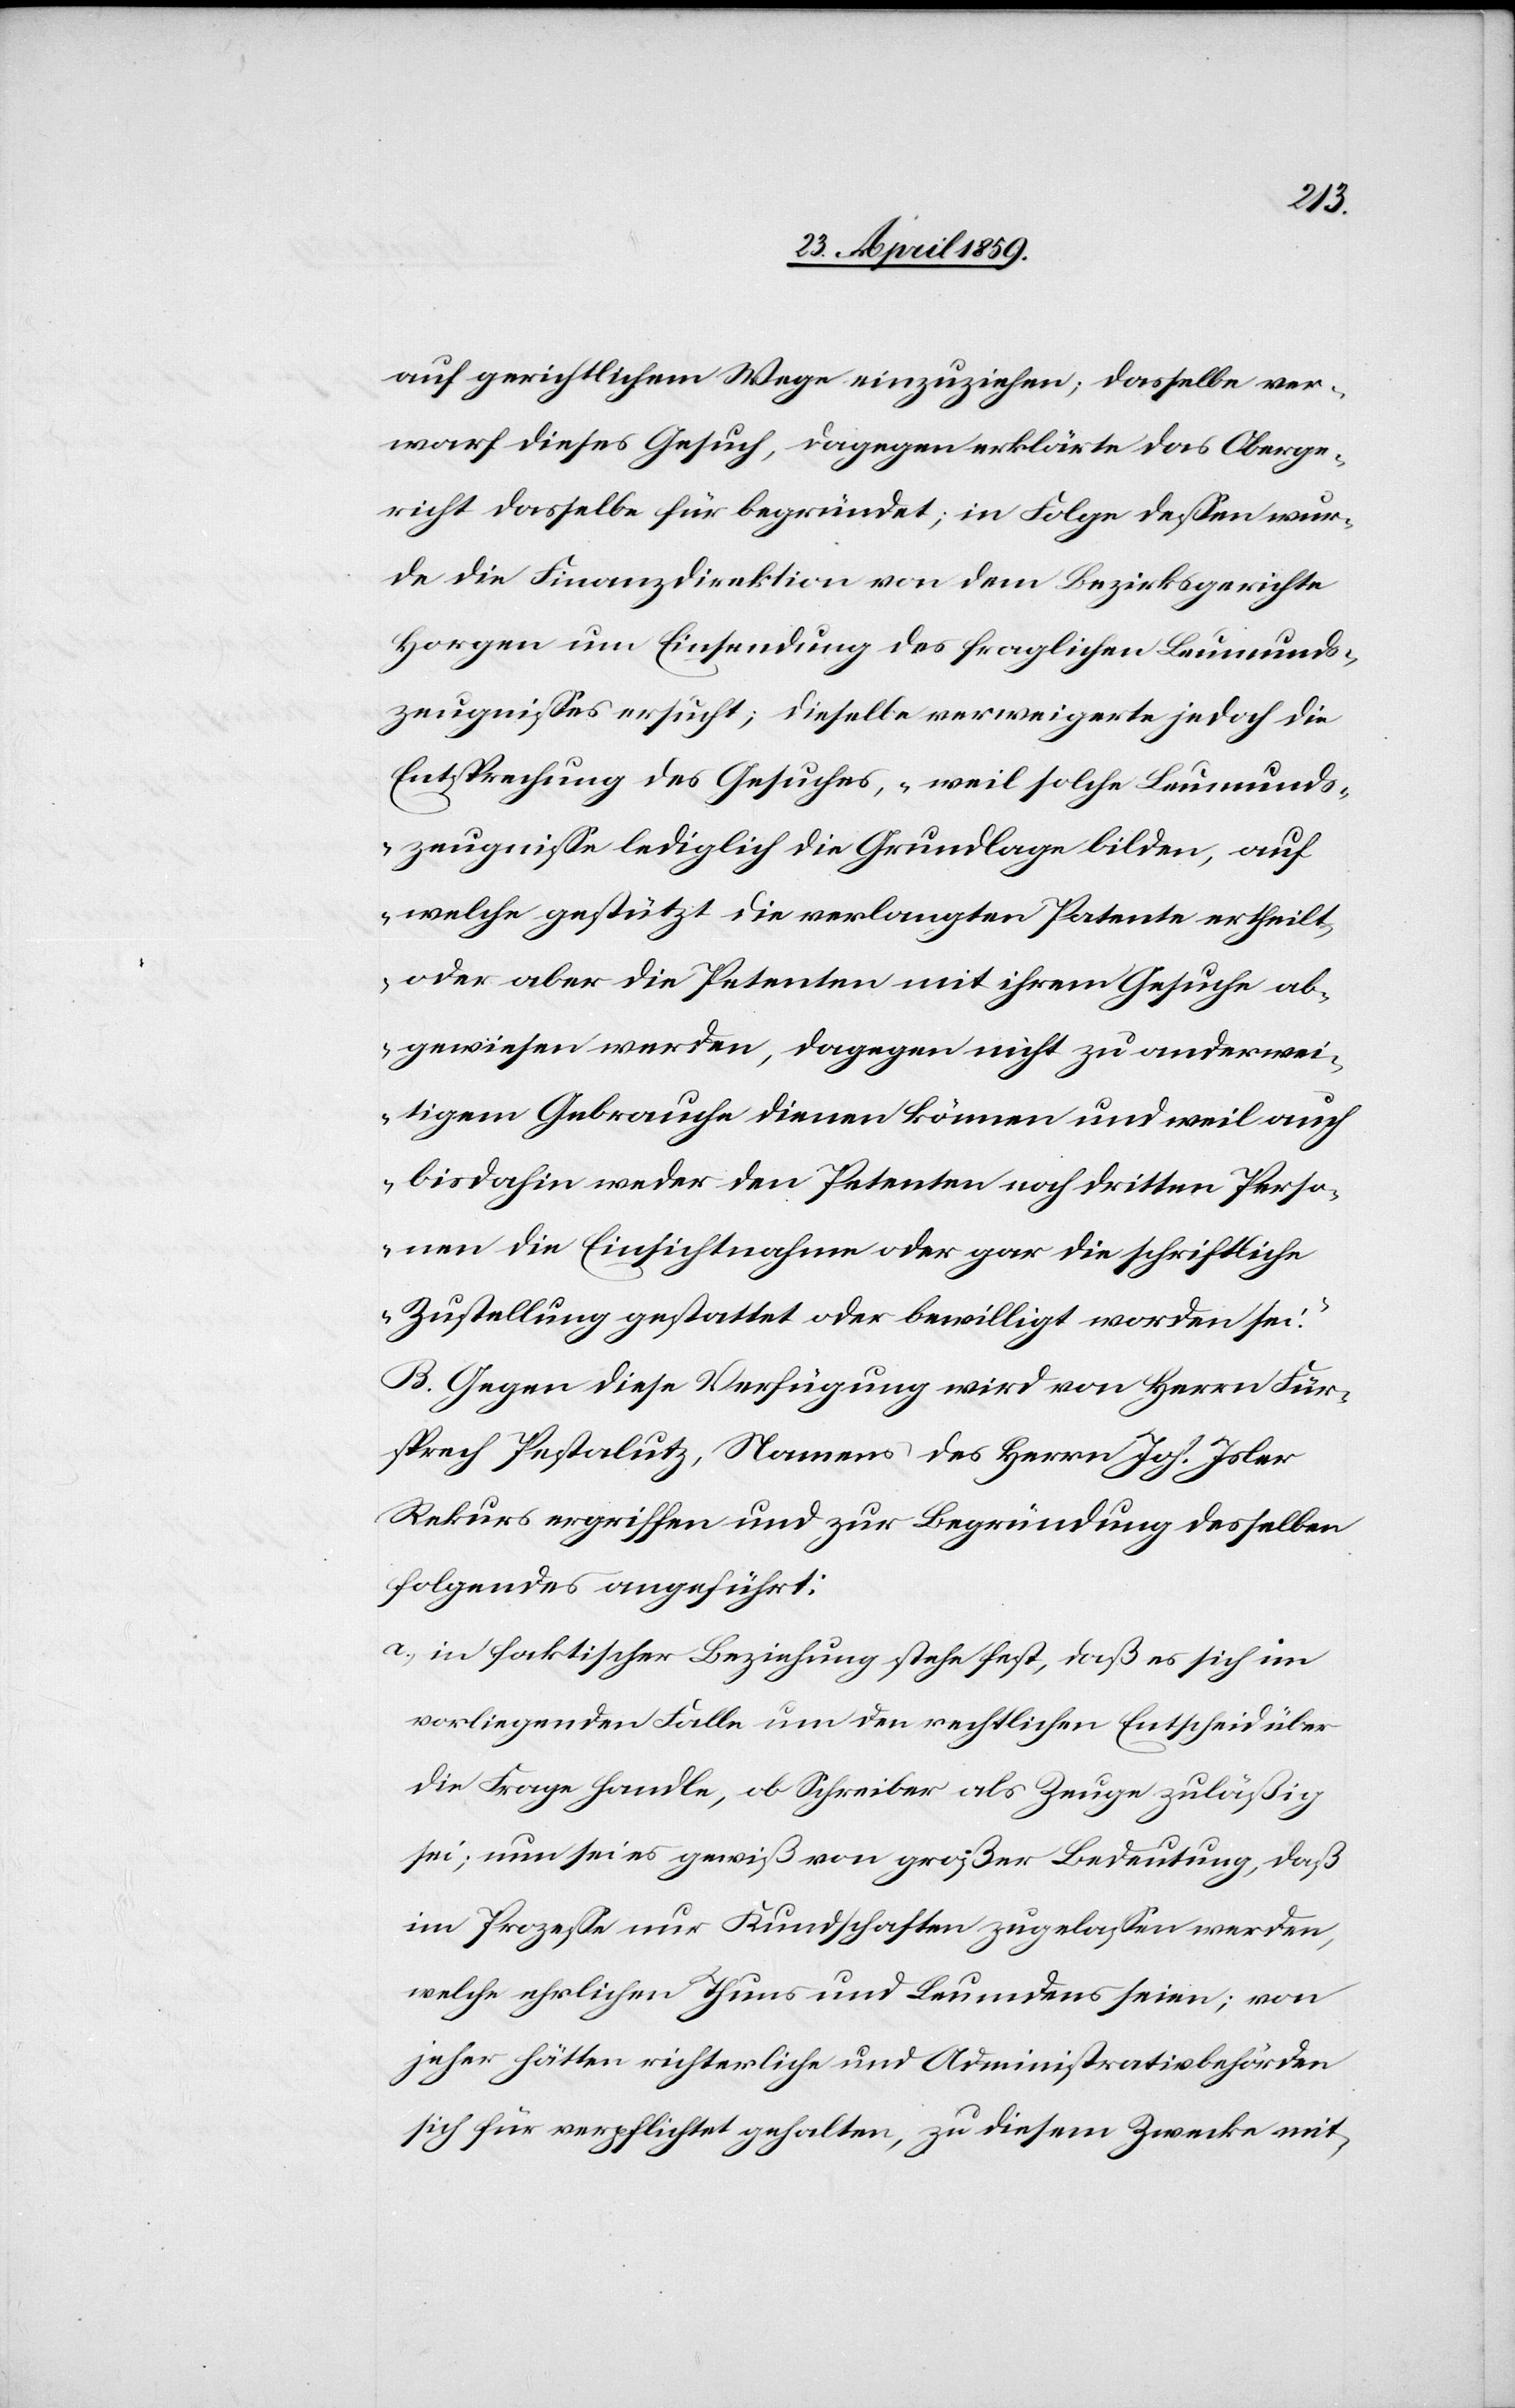
auf gerichtlichem Wege einzuziehen; dasselbe ver¬
warf dieses Gesuch, dagegen erklärte das Oberge¬
richt dasselbe für begründet; in Folge deßen wur¬
de die Finanzdirektion von dem Bezirksgerichte
Horgen um Einsendung des fraglichen Leumunds¬
zeugnißes ersucht; dieselbe verweigerte jedoch die
Entsprechung des Gesuches, „weil solche Leumunds¬
zeugniße lediglich die Grundlage bilden, auf
welche gestützt die verlangten Patente ertheilt
oder aber die Petenten mit ihrem Gesuche ab¬
gewiesen werden, dagegen nicht zu anderwei¬
tigem Gebrauche dienen können und weil auch
bis dahin weder den Petenten noch dritten Perso¬
nen die Einsichtnahme oder gar die schriftliche
Zustellung gestattet oder bewilligt worden sei.“
B. Gegen diese Verfügung wird von Herrn Für¬
sprech Pestalutz, Namens des Herrn Joh. Isler
Rekurs ergriffen und zur Begründung desselben
folgendes angeführt:
a) in faktischer Beziehung stehe fest, daß es sich im
vorliegenden Falle um den rechtlichen Entscheid über
die Frage handle, ob Schreiber als Zeuge zuläßig
sei; nun sei es gewiß von großer Bedeutung, daß
im Prozeße nur Kundschaften zugelaßen werden,
welche ehrlichen Thuns und Leumdens seien; von
jeher hätten richterliche und Administrativbehörden
sich für verpflichtet gehalten, zu diesem Zwecke mit-